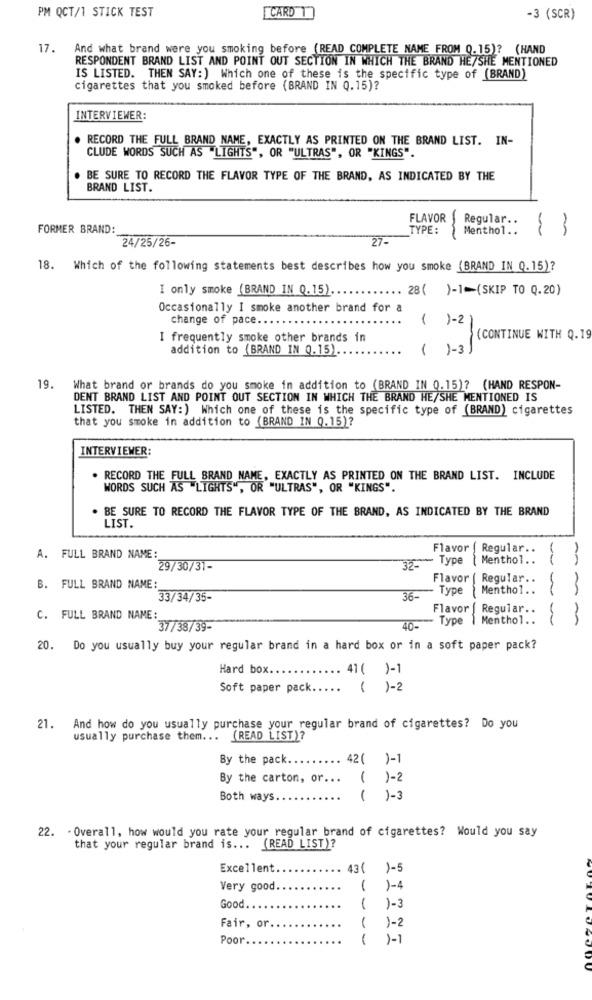
[CARD 1
PM QCT/1 STICK TEST
-3 (SCR)
17.
And what brand were you smoking before (READ COMPLETE NAME FROM 0.15)? (HAND
RESPONDENT BRAND LIST AND POINT OUT SECTION IN WHICH THE BRAND HE/SHE MENTIONED
IS LISTED. THEN SAY: ) Which one of these is the specific type of (BRAND)
cigarettes that you smoked before (BRAND IN Q.15)?
INTERVIEWER:
RECORD THE FULL BRAND NAME, EXACTLY AS PRINTED ON THE BRAND LIST. IN-
CLUDE WORDS SUCH AS "LIGHTS", OR "ULTRAS", OR "KINGS".
. BE SURE TO RECORD THE FLAVOR TYPE OF THE BRAND, AS INDICATED BY THE
BRAND LIST.
FLAVOR
Regular ..
FORMER BRAND:
TYPE:
Menthol ..
13
24/25/26-
27-
18. Which of the following statements best describes how you smoke (BRAND IN 0.15)?
I only smoke (BRAND IN 0.15) ...
.... 28( )-1-(SKIP TO Q.20)
Occasionally I smoke another brand for a
change of pace.
( 1-2)
I frequently smoke other brands in
(CONTINUE WITH Q.19
addition to (BRAND IN 0.15).
( )-3)
19.
What brand or brands do you smoke in addition to (BRAND IN Q.15)? (HAND RESPON-
DENT BRAND LIST AND POINT OUT SECTION IN WHICH THE BRAND HE/SHE MENTIONED IS
LISTED. THEN SAY:) Which one of these is the specific type of (BRAND) cigarettes
that you smoke in addition to (BRAND IN Q.15)?
INTERVIEWER:
. RECORD THE FULL BRAND NAME, EXACTLY AS PRINTED ON THE BRAND LIST. INCLUDE
WORDS SUCH AS "LIGHTS", OR "ULTRAS", OR "KINGS".
. BE SURE TO RECORD THE FLAVOR TYPE OF THE BRAND, AS INDICATED BY THE BRAND
LIST.
Flavor ( Regular ..
1
A. FULL BRAND NAME:
32- - Type
Menthol. .
29/30/31-
Flavor ( Regular ..
B. FULL BRAND NAME:
Type
Menthol ..
33/34/35-
36-
Flavor | Regular ..
C. FULL BRAND NAME:
40- Type ) Menthol ..
37/38/39-
20. Do you usually buy your regular brand in a hard box or in a soft paper pack?
Hard box.
.. 41 ( )-1
Soft paper pack ..... ( )-2
21. And how do you usually purchase your regular brand of cigarettes? Do you
usually purchase them ...
(READ LIST)?
By the pack.
.. 42( )-1
By the carton, or ...
( )-2
Both ways
( )-3
22. . Overall, how would you rate your regular brand of cigarettes? Would you say
that your regular brand is ... (READ LIST)?
Excellent
43(
1-5
Very good.
1
1-4
Good ..
1
)-3
Fair, or.
)-2
1
Poor ...
1
1-1